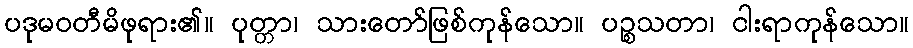
ပဒုမဝတီမိဖုရား၏။ ပုတ္တာ၊ သားတော်ဖြစ်ကုန်သော။ ပဉ္စသတာ၊ ငါးရာကုန်သော။